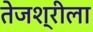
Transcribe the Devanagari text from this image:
तेजश्रीला